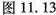
图11.13